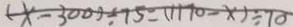
( x - 3 0 0 ) \div 7 5 = ( 1 1 7 0 - x ) \div 7 0